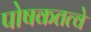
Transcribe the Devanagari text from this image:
पोषकतत्वे